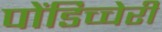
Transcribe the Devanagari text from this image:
पोंडिच्चेरी